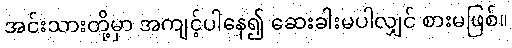
အင်းသားတို့မှာ အကျင့်ပါနေ၍ ဆေးခါးမပါလျှင် စားမဖြစ်။